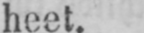
heet.